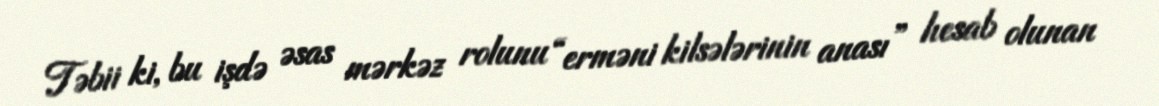
Təbii ki, bu işdə əsas mərkəz rolunu “erməni kilsələrinin anası” hesab olunan